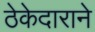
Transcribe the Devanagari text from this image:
ठेकेदाराने